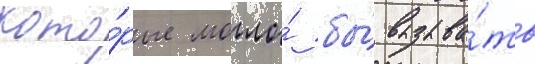
кото́рые могло́ бы́ вызыва́ть